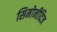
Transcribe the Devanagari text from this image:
सिमोनीदिज